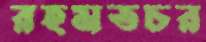
রহমতচর